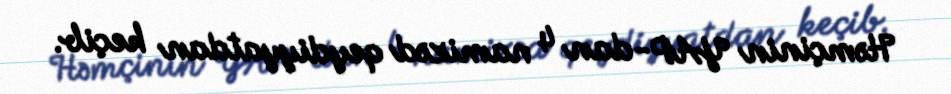
Həmçinin YAP-dan 4 namizəd qeydiyyatdan keçib.